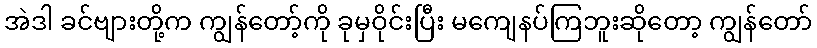
အဲဒါ ခင်ဗျားတို့က ကျွန်တော့်ကို ခုမှဝိုင်းပြီး မကျေနပ်ကြဘူးဆိုတော့ ကျွန်တော်